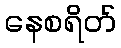
နေစရိတ်